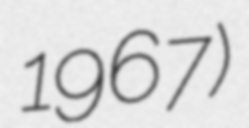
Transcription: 1967)